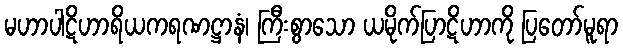
မဟာပါဋိဟာရိယကရဏဋ္ဌာနံ၊ ကြီးစွာသော ယမိုက်ပြာဋိဟာကို ပြတော်မူရာ